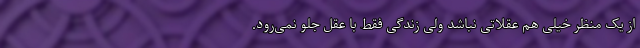
از یک منظر خیلی هم عقلاتی نباشد ولی زندگی فقط با عقل جلو نمی‌رود.